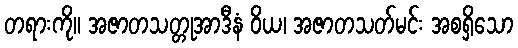
တရားကို။ အဇာတသတ္တုအာဒီနံ ဝိယ၊ အဇာတသတ်မင်း အစရှိသော